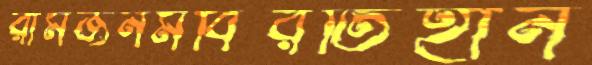
রামজনমবিরতিহীন